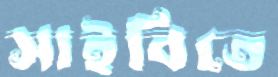
সাইবিতে